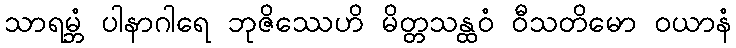
သာရမ္ဘံ ပါနာဂါရေ ဘုဇိဿေဟိ မိတ္တသန္ထဝံ ဝီသတိမော ဝယာနံ